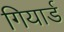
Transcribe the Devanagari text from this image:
गियार्ड